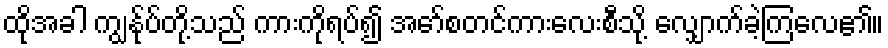
ထိုအခါ ကျွန်ုပ်တို့သည် ကားကိုရပ်၍ အော်စတင်ကားလေးစီသို့ လျှောက်ခဲ့ကြလေ၏။